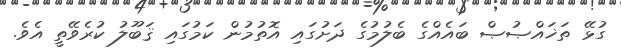
ގުޅޭ ތަޚައްޞުޞް ބައެއްގެ ބެލުމުގެ ދަށުގައި އޮތުމުން ކަމުގައި ޤަބޫލު ކުރެވޭތީ އެވެ.